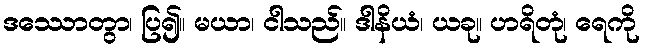
ဒဿောတွာ၊ ပြ၍။ မယာ၊ ငါသည်။ ဒါနိယံ၊ ယခု။ ဟရိတုံ၊ ရေကို